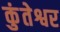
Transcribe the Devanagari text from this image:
कुंतेश्वर